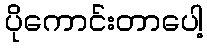
ပိုကောင်းတာပေါ့